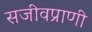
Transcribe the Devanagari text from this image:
सजीवप्राणी